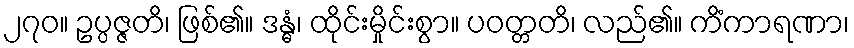
၂၇၀။ ဥပ္ပဇ္ဇတိ၊ ဖြစ်၏။ ဒန္ဓံ၊ ထိုင်းမှိုင်းစွာ။ ပဝတ္တတိ၊ လည်၏။ ကိံကာရဏာ၊